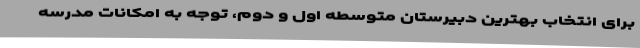
برای انتخاب بهترین دبیرستان متوسطه اول و دوم، توجه به امکانات مدرسه